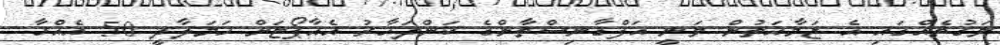
ވަގުތެއްގައި އެ ޖަމާއަތުން ވަނީ އަފްގާނިސްތާންގެ ކަންދަހާރު އެއާޕޯޓަށް ހަމަލާދީ 50 އެއްހާ